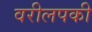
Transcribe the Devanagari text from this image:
वरीलपकी